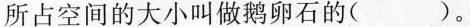
所占空间的大小叫做鹅卵石的( )。